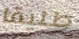
طليقا